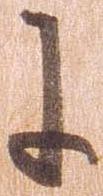
に